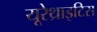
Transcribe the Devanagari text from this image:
यूरेथ्राइटिस